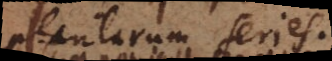
plantarum series.